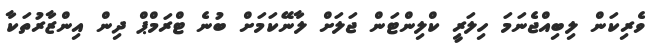
ވެރިކަން ލިބިއްޖެނަމަ ހިލަރީ ކްލިންޓަން ޖަލަށް ލާނޭކަމަށް ބުނެ ޓްރަމްޕް ދިން އިންޒާރުތަކާ